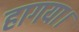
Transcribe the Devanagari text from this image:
हागया।